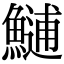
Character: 𩺼